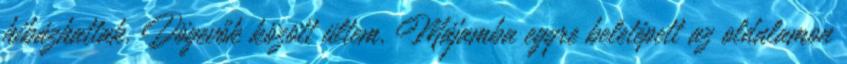
hibázhattak. Dögevők között ültem. Májamba egyre beletépett az oldalamon